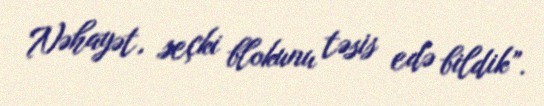
Nəhayət, seçki blokunu təsis edə bildik”.